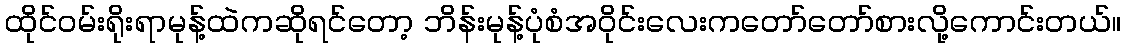
ထိုင်ဝမ်းရိုးရာမုန့်ထဲကဆိုရင်တော့ ဘိန်းမုန့်ပုံစံအဝိုင်းလေးကတော်တော်စားလို့ကောင်းတယ်။